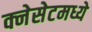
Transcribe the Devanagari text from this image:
क्नेसेटमध्ये